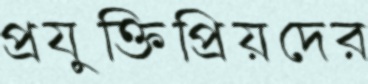
প্রযুক্তিপ্রিয়দের